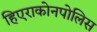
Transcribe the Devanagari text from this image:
हिएराकोनपोलिस